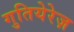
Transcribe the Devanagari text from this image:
गुतियेरेज़